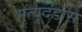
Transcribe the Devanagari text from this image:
मृत्यूदंडास